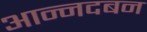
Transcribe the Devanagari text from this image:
आन्नदबन